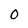
Character: 0